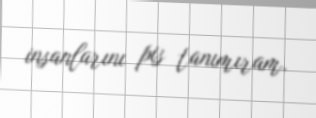
insanlarını pis tanımıram.